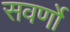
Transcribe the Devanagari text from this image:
सवर्णो